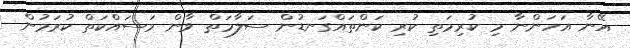
އޭނާ އަހަންނާ މި ކުރިމަތި ކުރި ކަންތައްގަނޑުން ސަލާމަތް ވާން މަސައްކަތް ކުރަމުން